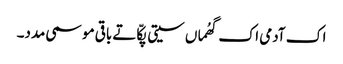
اک آدمی اک گھُماں سیتی پکّا تے باقی موسمی مدد۔